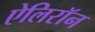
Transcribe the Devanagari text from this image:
ऐलिरॉन